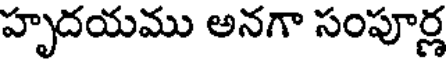
హృదయము అనగా సంపూర్ణ